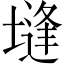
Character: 塳